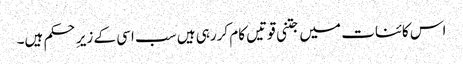
اس کائنات میں جتنی قوتیں کام کررہی ہیں سب اسی کے زیرِ حکم ہیں۔